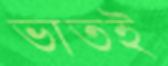
ভাতই